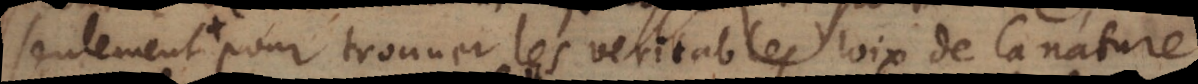
seulem pour trouver les veritables loix de la nature